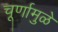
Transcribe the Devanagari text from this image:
चूर्णामुळे